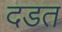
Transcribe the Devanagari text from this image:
दडत